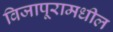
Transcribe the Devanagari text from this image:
विजापूरामधील